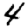
Digit: 4